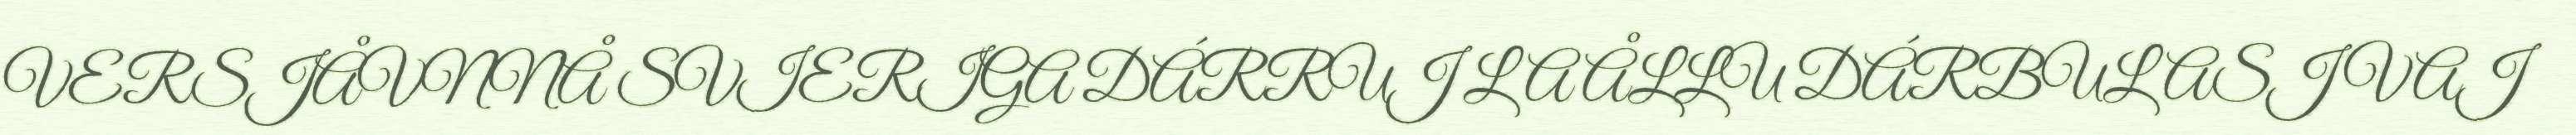
VERSJÅVNNÅ SVIERIGA DÁRRUJ LA ÅLLU DÁRBULASJ VAJ